Vaccination in Burma 1920-1933 - 1920-1933
Year: 1920
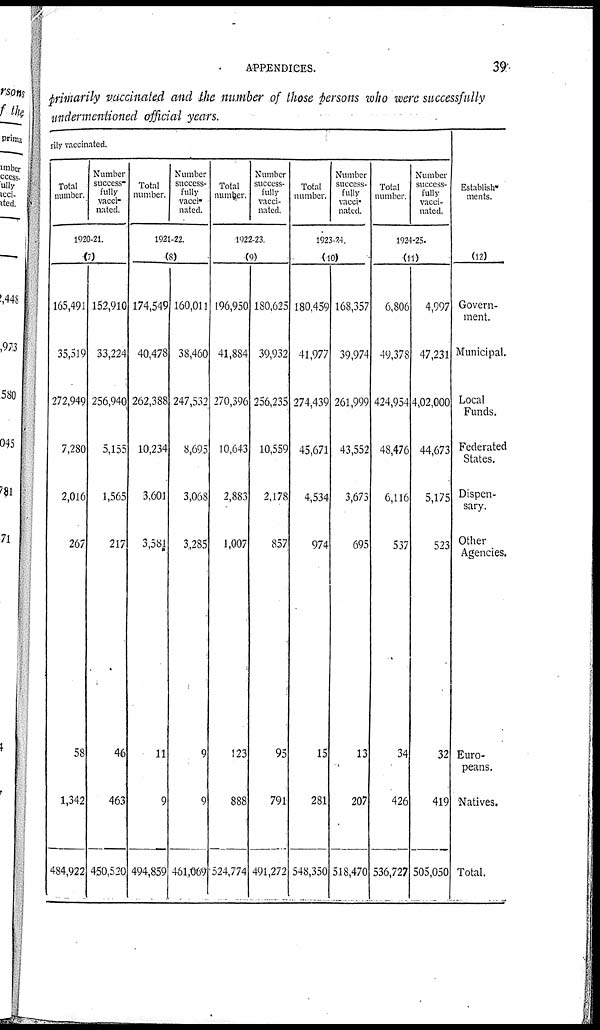
APPENDICES.
39
primarily vaccinated and the number of those persons who were successfully
undermentioned official years.
rily vaccinated.
Total
number.
Number
success-
fully
vacci-
nated.
1920-21.
(7)
165,491
35,519
272,949
7,280
2,016
267
58
1,342
484,922
152,910
33,224
256,940
5,155
1,565
217
46
463
450,520
Total
number.
Number
success-
fully
vacci-
nated.
1921-22.
(8)
174,549
40,478
262,388
10,234
3,601
3,581
11
9
494,859
160,011
38,460
247,532
8,695
3,068
3,285
9
9
461,069
Total
number.
Number
success-
fully
vacci-
nated.
1922-23.
(9)
196,950
41,884
270,396
10,643
2,883
1,007
123
888
524,774
180,625
39,932
256,235
10,559
2,178
857
95
791
491,272
Total
number.
Number
success-
fully
vacci-
nated.
1923-24.
(10)
180,459
41,977
274,439
45,671
4,534
974
15
281
548,350
168,357
39,974
261,999
43,552
3,673
695
13
207
518,470
Total
number.
Number
success-
fully
vacci-
nated.
1924-25.
(11)
6,806
49,378
424,954
48,476
6,116
537
34
426
536,727
4,997
47,231
4,02,000
44,673
5,175
523
32
419
505,050
Establish-
ments.
(12)
Govern-
ment.
Municipal.
Local
Funds.
Federated
States.
Dispen-
sary.
Other
Agencies.
Euro-
peans.
Natives.
Total.